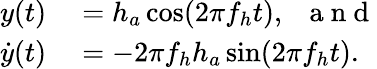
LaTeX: \begin{array}{rl}{{y}({t})}&{{}=h_{a}\cos(2\pi f_{h}{t}),\; \; \mathrm{~a~n~d~}}\\ {\dot{{y}}({t})}&{{}=-2\pi f_{h}h_{a}\sin(2\pi f_{h}{t}).}\end{array}